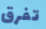
تفرق